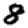
Digit: 8